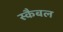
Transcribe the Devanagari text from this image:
स्कैबल